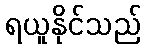
ရယူနိုင်သည်